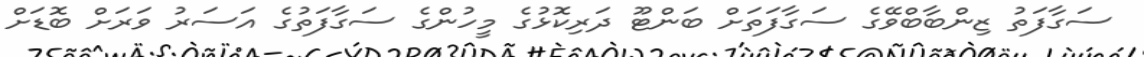
ސަގާފަތު ޒިންބާބްވޭގެ ސަގާފަތަށް ބަންޓޫ ދަރިކޮޅުގެ މީހުންގެ ސަގާފަތުގެ އަސަރު ވަރަށް ބޮޑަށް